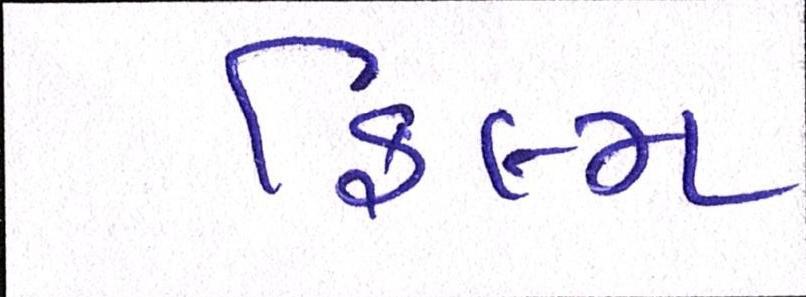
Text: ફિલ્મ